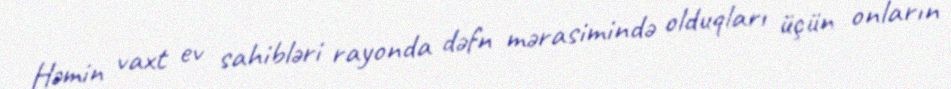
Həmin vaxt ev sahibləri rayonda dəfn mərasimində olduqları üçün onların